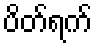
ပိတ်ရက်